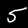
Digit: 5